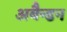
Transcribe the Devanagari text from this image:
अबैन्डन